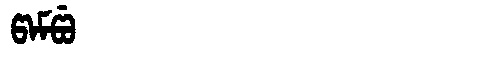
Manchu: ᡦᠠᠮᡦᡠ
Romanization: PAMPU